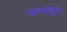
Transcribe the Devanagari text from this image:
पय्यन्नूर।